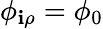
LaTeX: \phi_{\mathbf{i}\rho}=\phi_{0}